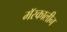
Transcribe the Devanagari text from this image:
मॅस्कालीन